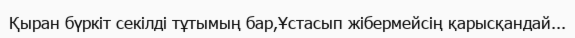
Қыран бүркіт секілді тұтымың бар,Ұстасып жібермейсің қарысқандай...